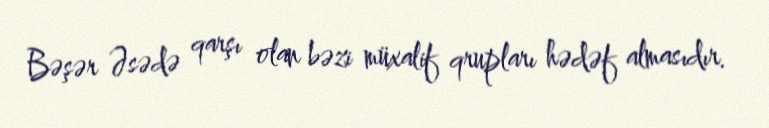
Bəşər Əsədə qarşı olan bəzi müxalif qrupları hədəf almasıdır.